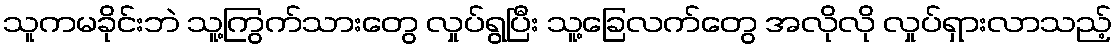
သူကမခိုင်းဘဲ သူ့ကြွက်သားတွေ လှုပ်ရွပြီး သူ့ခြေလက်တွေ အလိုလို လှုပ်ရှားလာသည့်